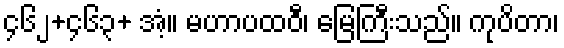
၄၆၂+၄၆၃+ အံ့။ မဟာပထဝီ၊ မြေကြီးသည်။ ကုပိတာ၊